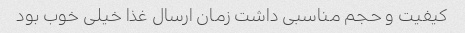
کیفیت و حجم مناسبی داشت زمان ارسال غذا خیلی خوب بود